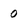
Character: 0